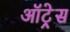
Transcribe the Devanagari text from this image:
ऑट्रेस